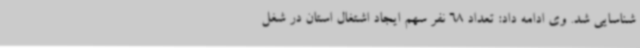
شناسایی شد. وی ادامه داد: تعداد 68 نفر سهم ایجاد اشتغال استان در شغل